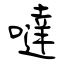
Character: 噠